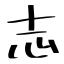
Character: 志